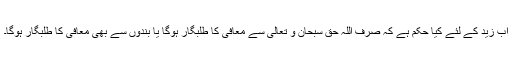
اب زید کے لئے کیا حکم ہے کہ صرف اللہ حق سبحان و تعالی سے معافی کا طلبگار ہوگا یا بندوں سے بھی معافی کا طلبگار ہوگا۔